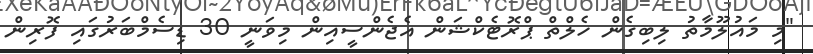
"މި މައުލޫމާތު ލިބިގެން ހެލްތް ޕްރޮޓެކްޝަން އެޖެންސީއިން މިވަނީ 30 ޑިސެމްބަރުގައި ފޮރިން